Calcutta medical institutions reports 1892-1900
Year: 1892
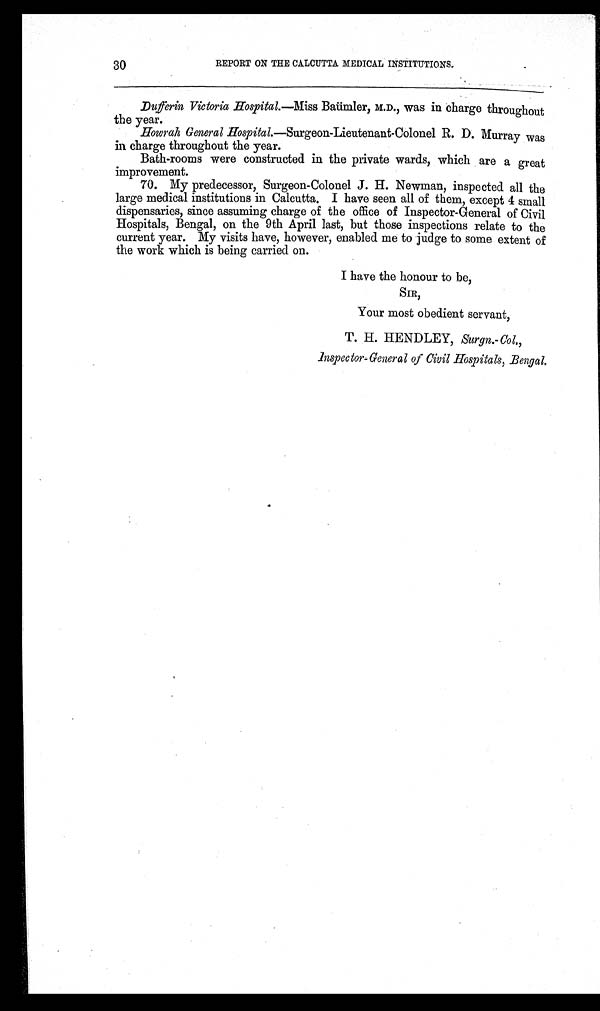
30
REPORT ON THE CALCUTTA MEDICAL INSTITUTIONS.
Dufferin Victoria Hospital.—Miss Baiimler, M.D., was in charge throughout
the year.
Howrah General Hospital.—Surgeon-Lieutenant-Colonel R. D. Murray was
in charge throughout the year.
Bath-rooms were constructed in the private wards, which are a great
improvement.
70. My predecessor, Surgeon-Colonel J. H. Newman, inspected all the
large medical institutions in Calcutta. I have seen all of them, except 4 small
dispensaries, since assuming charge of the office of Inspector-General of Civil
Hospitals, Bengal, on the 9th April last, but those inspections relate to the
current year. My visits have, however, enabled me to judge to some extent of
the work which is being carried on.
I have the honour to be,
SIR,
Your most obedient servant,
T. H. HENDLEY, Surgn.- Col.,
inspector-General of Civil Hospitals, Bengal,